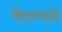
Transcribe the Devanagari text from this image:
वैराग्याने